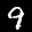
Label: 9